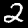
Label: 2